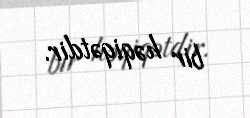
bir həqiqətdir.